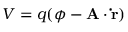
V = q ( \phi - \mathbf { A } \cdot \mathbf { \dot { r } } )